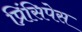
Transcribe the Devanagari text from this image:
प्रिंसिपेस